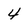
Character: 4